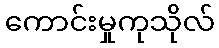
ကောင်းမှုကုသိုလ်